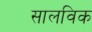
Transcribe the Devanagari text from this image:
सालविक